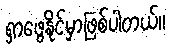
ရှာဖွေနိုင်မှာဖြစ်ပါတယ်။